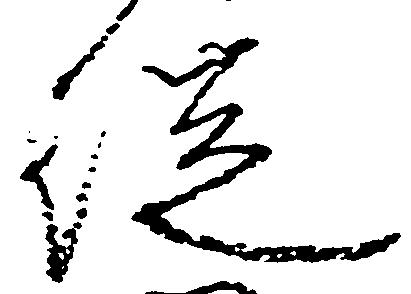
従